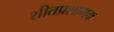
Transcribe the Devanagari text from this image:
शीतप्रशामक